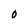
Character: 0